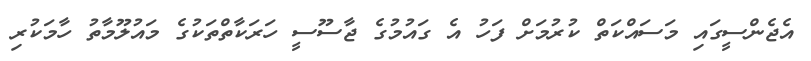
އެޖެންސީގައި މަސައްކަތް ކުރުމަށް ފަހު އެ ގައުމުގެ ޖާސޫސީ ހަރަކާތްތަކުގެ މައުލޫމާތު ހާމަކުރި